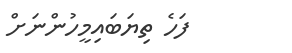
ފަހެ ތިޔަބައިމީހުންނަށް